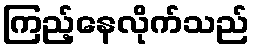
ကြည့်နေလိုက်သည်